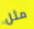
مثل